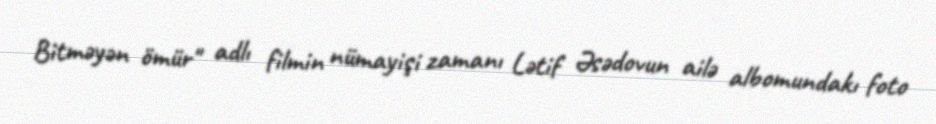
Bitməyən ömür" adlı filmin nümayişi zamanı Lətif Əsədovun ailə albomundakı foto